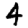
Digit: 4